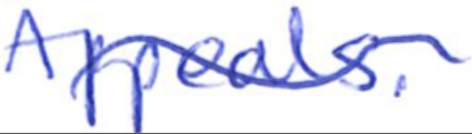
Text: Appeals.
Cross-out: wave
Writing tool: ballpoint